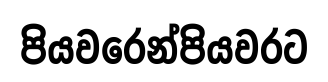
පියවරෙන්පියවරට